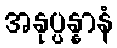
အနုပ္ပန္နာနံ